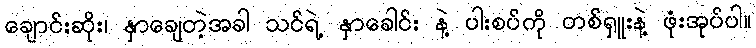
ချောင်းဆိုး၊ နှာချေတဲ့အခါ သင်ရဲ့ နှာခေါင်း နဲ့ ပါးစပ်ကို တစ်ရှူးနဲ့ ဖုံးအုပ်ပါ။